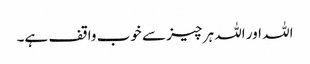
اللہ اور اللہ ہر چیز سے خوب واقف ہے۔